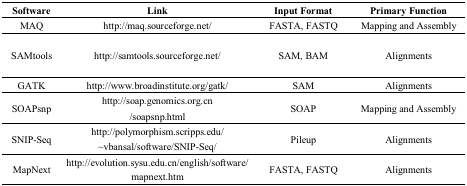
<table><thead><tr><td><b>Software</b></td><td><b>Link</b></td><td><b>Input Format</b></td><td><b>Primary Function</b></td></tr></thead><tbody><tr><td>MAQ</td><td>http://maq.sourceforge.net/</td><td>FASTA, FASTQ</td><td>Mapping and Assembly </td></tr><tr><td>SAMtools</td><td>http://samtools.sourceforge.net/</td><td>SAM, BAM</td><td>Alignments</td></tr><tr><td>GATK</td><td>http://www.broadinstitute.org/gatk/</td><td>SAM</td><td>Alignments</td></tr><tr><td>SOAPsnp</td><td>http://soap.genomics.org.cn/soapsnp.html</td><td>SOAP</td><td>Mapping and Assembly</td></tr><tr><td>SNIP-Seq</td><td>http://polymorphism.scripps.edu/~vbansal/software/SNIP-Seq/</td><td>Pileup</td><td>Alignments</td></tr><tr><td>MapNext</td><td>http://evolution.sysu.edu.cn/english/software/mapnext.htm</td><td>FASTA, FASTQ</td><td>Alignments</td></tr></tbody></table>